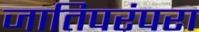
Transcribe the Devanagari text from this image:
जातिपरंपरा